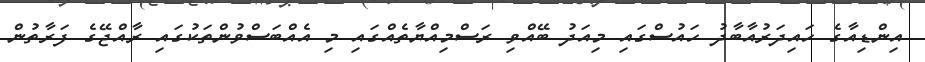
އިންޑިއާގެ ހައިދަރުއާބާދު ހައުސްގައި މިއަދު ބޭއްވި ރަސްމިއްޔާތެއްގައި މި އެއްބަސްވުންތަކުގައި ރާއްޖޭގެ ފަރާތުން